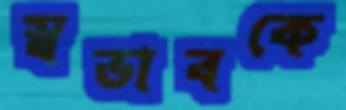
স্বভাবকে